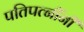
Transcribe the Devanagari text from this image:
पतिपत्नींनी